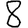
Digit: 8